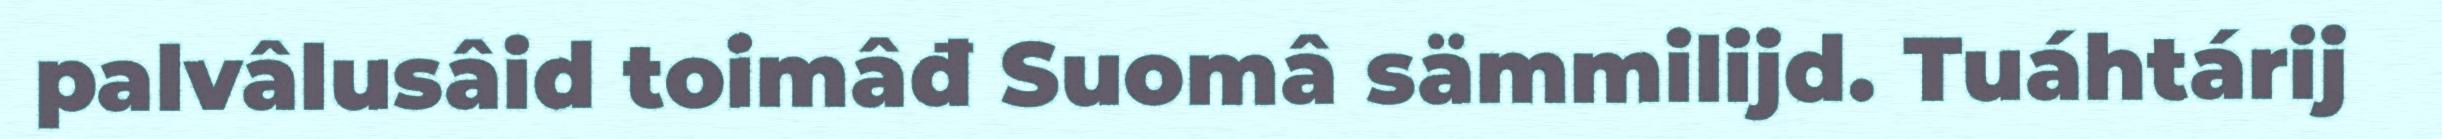
palvâlusâid toimâđ Suomâ sämmilijd. Tuáhtárij